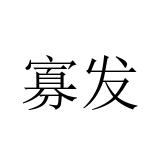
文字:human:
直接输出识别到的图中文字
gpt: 寡发